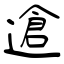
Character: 䢢